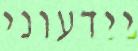
יידעוני